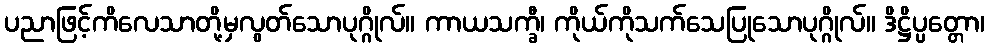
ပညာဖြင့်ကိလေသာတို့မှလွတ်သောပုဂ္ဂိုလ်။ ကာယသက္ခီ၊ ကိုယ်ကိုသက်သေပြုသောပုဂ္ဂိုလ်။ ဒိဋ္ဌိပ္ပတ္တော၊